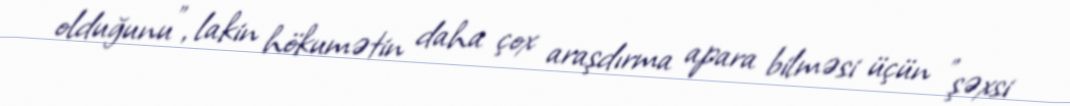
olduğunu", lakin hökumətin daha çox araşdırma apara bilməsi üçün "şəxsi